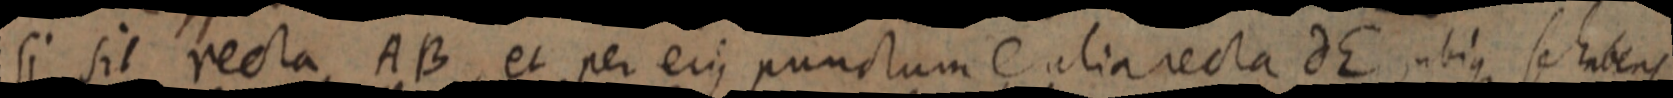
si sit recta AB, et per ejus punctum C alia recta dE, ubius se habens